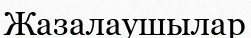
Жазалаушылар